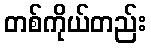
တစ်ကိုယ်တည်း